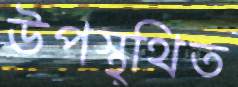
উপস্থ্থিত